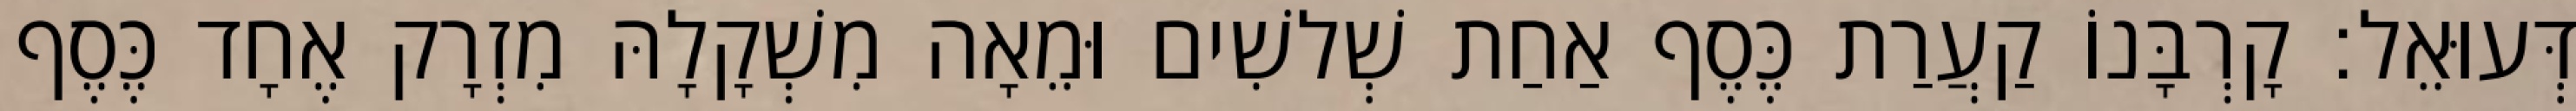
דְּעוּאֵל׃ קָרְבָּנוֹ קַעֲרַת כֶּסֶף אַחַת שְׁלשִׁים וּמֵאָה מִשְׁקָלָהּ מִזְרָק אֶחָד כֶּסֶף